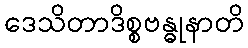
ဒေသိတာဒိစ္စဗန္ဓုနာတိ